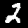
Digit: 2